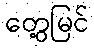
တွေ့မြင်